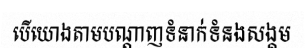
បើយោងតាមបណ្តាញទំនាក់ទំនងសង្គម